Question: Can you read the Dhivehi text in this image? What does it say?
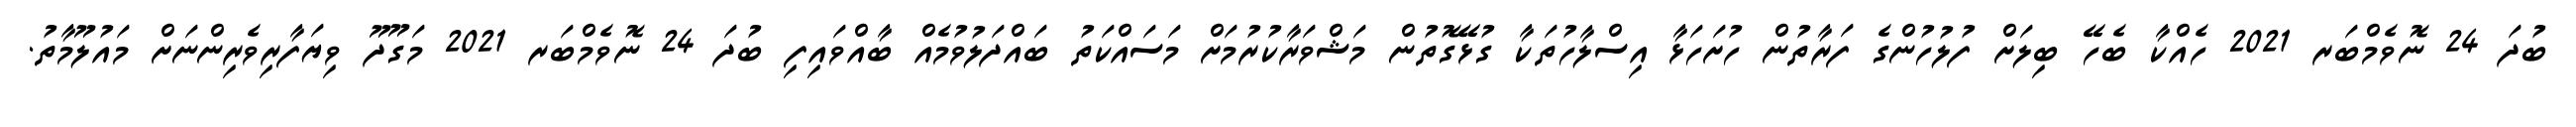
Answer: ބުދަ 24 ނޮވެމްބަރ 2021 ހެއްކާ ބެހޭ ބިލަށް ފުލުހުންގެ ފަރާތުން ހުށަހަޅާ އިސްލާހުތަކާ ގުޅޭގޮތުން މަޝްވަރާކުރުމަށް މަސައްކަތު ބައްދަލުވުމެއް ބާއްވައިފި ބުދަ 24 ނޮވެމްބަރ 2021 މަގޫދޫ ވިޔަފާރިވެރިންނަށް މައުލޫމާތު.